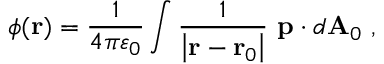
\phi ( \mathbf { r } ) = { \frac { 1 } { 4 \pi \varepsilon _ { 0 } } } \int { \frac { 1 } { \left| \mathbf { r } - \mathbf { r } _ { 0 } \right| } } \ \mathbf { p } \cdot d \mathbf { A } _ { 0 } \ ,